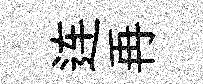
连再